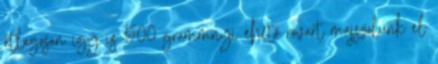
átlagosan így is 500 grammnyi ehető rovart majszolunk el